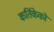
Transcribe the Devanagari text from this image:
कर्तिकेको